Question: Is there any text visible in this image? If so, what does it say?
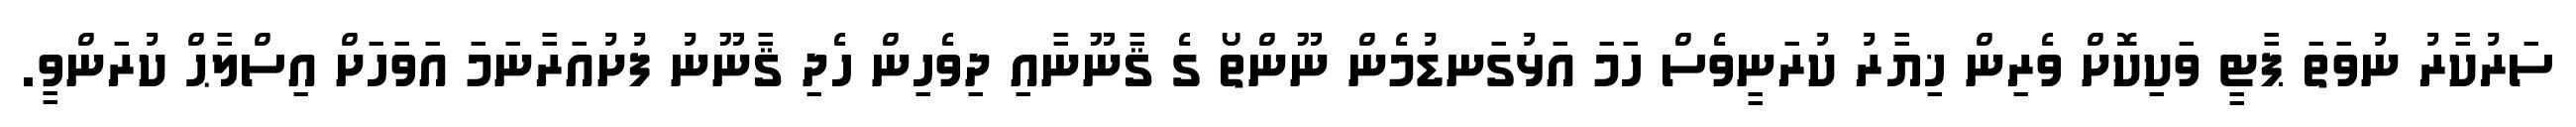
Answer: ސަރުކާރު ނުވަތަ ޕާޓީ ވަކިކޮށް ވެރިން ޚިޔާރު ކުރަނީވެސް ހަމަ އަޅުގަނޑުމެން ނޫންތޯ ގެ ޤާނޫނާއި ދިވެހިން ހެދި ޤާނޫނު ފުށުއަރާނަމަ އަވަހަށް އިސްލާޙް ކުރަންވީ.